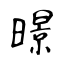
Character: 暻